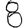
Digit: 8